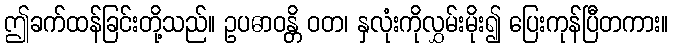
ဤခက်ထန်ခြင်းတို့သည်။ ဥပဓာဝန္တိ ဝတ၊ နှလုံးကိုလွှမ်းမိုး၍ ပြေးကုန်ပြီတကား။